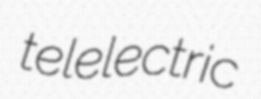
telelectric